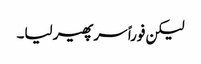
لیکن فوراً سر پھیر لیا۔